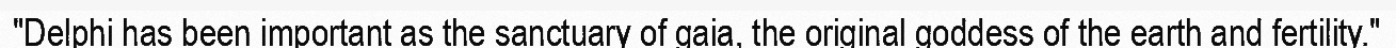
"Delphi has been important as the sanctuary of gaia, the original goddess of the earth and fertility."